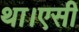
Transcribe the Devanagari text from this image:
था।एसी